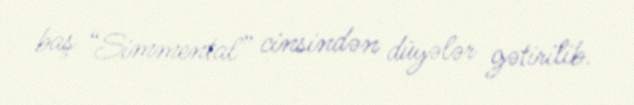
baş “Simmental” cinsindən düyələr gətirilib.